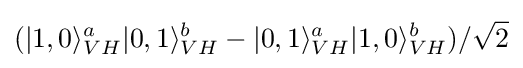
(|1,0\rangle _{VH}^{a}|0,1\rangle _{VH}^{b}-|0,1\rangle _{VH}^{a}|1,0\rangle _{VH}^{b})/{\sqrt {2}}